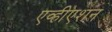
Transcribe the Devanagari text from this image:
एव्हीएशन